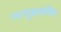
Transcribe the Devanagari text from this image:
डब्ल्यूआयपीए